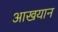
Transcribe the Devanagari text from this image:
आखयान